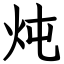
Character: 炖